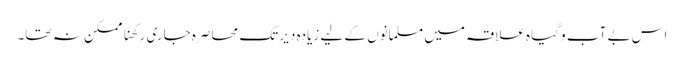
اس بے آب و گیاہ علاقہ میں مسلمانوں کے لیے زیادہ دیر تک محاصرہ جاری رکھنا ممکن نہ تھا۔